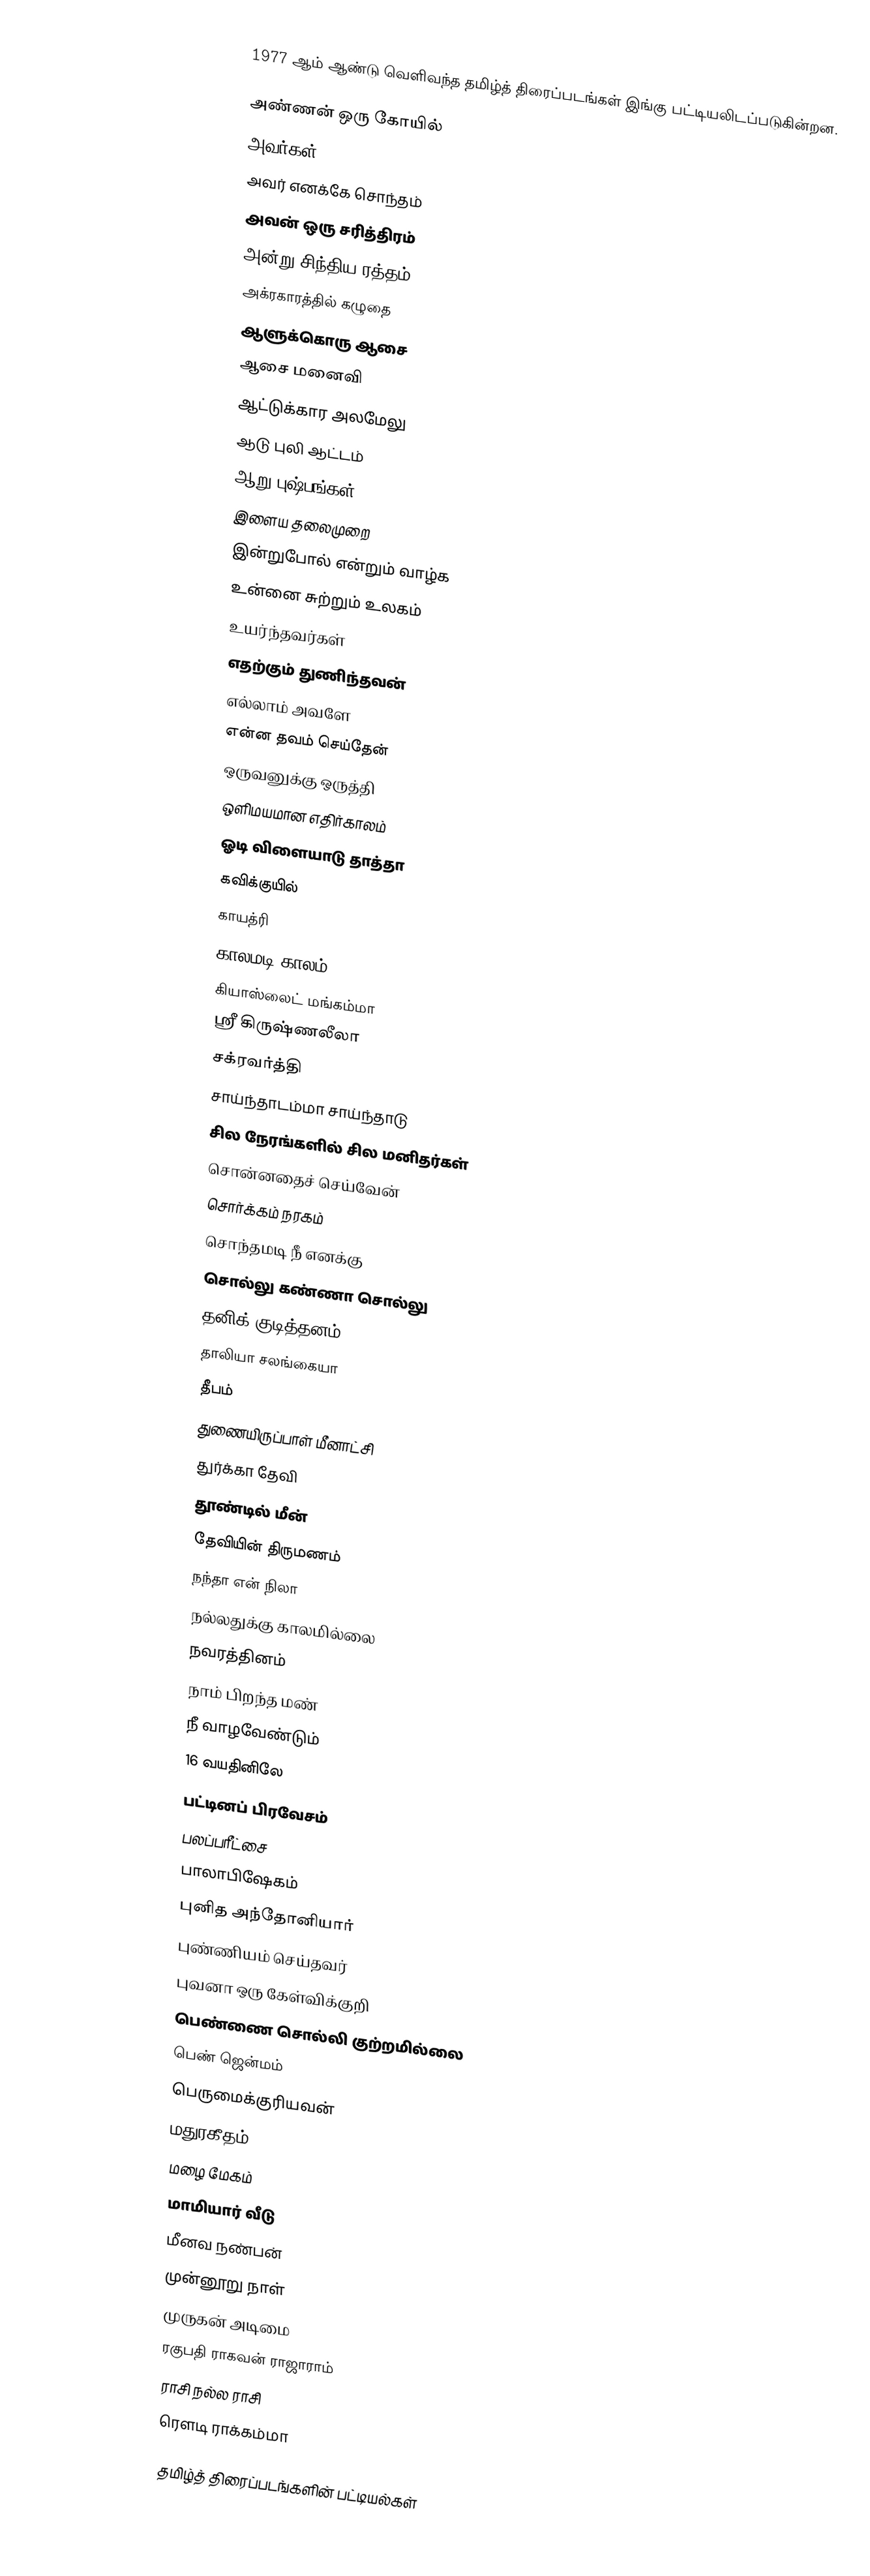
1977 ஆம் ஆண்டு வெளிவந்த தமிழ்த் திரைப்படங்கள் இங்கு பட்டியலிடப்படுகின்றன.

அண்ணன் ஒரு கோயில்
அவர்கள்
அவர் எனக்கே சொந்தம்
அவன் ஒரு சரித்திரம்
அன்று சிந்திய ரத்தம்
அக்ரகாரத்தில் கழுதை
ஆளுக்கொரு ஆசை
ஆசை மனைவி
ஆட்டுக்கார அலமேலு
ஆடு புலி ஆட்டம்
ஆறு புஷ்பங்கள்
இளைய தலைமுறை
இன்றுபோல் என்றும் வாழ்க
உன்னை சுற்றும் உலகம்
உயர்ந்தவர்கள்
எதற்கும் துணிந்தவன்
எல்லாம் அவளே
என்ன தவம் செய்தேன்
ஒருவனுக்கு ஒருத்தி
ஒளிமயமான எதிர்காலம்
ஓடி விளையாடு தாத்தா
கவிக்குயில்
காயத்ரி
காலமடி காலம்
கியாஸ்லைட் மங்கம்மா
ஸ்ரீ கிருஷ்ணலீலா
சக்ரவர்த்தி
சாய்ந்தாடம்மா சாய்ந்தாடு
சில நேரங்களில் சில மனிதர்கள்
சொன்னதைச் செய்வேன்
சொர்க்கம் நரகம்
சொந்தமடி நீ எனக்கு
சொல்லு கண்ணா சொல்லு
தனிக் குடித்தனம்
தாலியா சலங்கையா
தீபம்
துணையிருப்பாள் மீனாட்சி
துர்க்கா தேவி
தூண்டில் மீன்
தேவியின் திருமணம்
நந்தா என் நிலா
நல்லதுக்கு காலமில்லை
நவரத்தினம்
நாம் பிறந்த மண்
நீ வாழவேண்டும்
16 வயதினிலே
பட்டினப் பிரவேசம்
பலப்பரீட்சை
பாலாபிஷேகம்
புனித அந்தோனியார்
புண்ணியம் செய்தவர்
புவனா ஒரு கேள்விக்குறி
பெண்ணை சொல்லி குற்றமில்லை
பெண் ஜென்மம்
பெருமைக்குரியவன்
மதுரகீதம்
மழை மேகம்
மாமியார் வீடு
மீனவ நண்பன்
முன்னூறு நாள்
முருகன் அடிமை
ரகுபதி ராகவன் ராஜாராம்
ராசி நல்ல ராசி
ரௌடி ராக்கம்மா

தமிழ்த் திரைப்படங்களின் பட்டியல்கள்